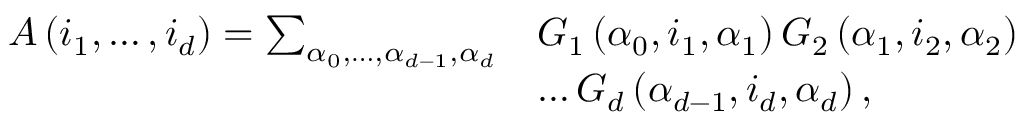
\begin{array} { r l } { A \left( i _ { 1 } , \ldots , i _ { d } \right) = \sum _ { \alpha _ { 0 } , \ldots , \alpha _ { d - 1 } , \alpha _ { d } } } & { G _ { 1 } \left( \alpha _ { 0 } , i _ { 1 } , \alpha _ { 1 } \right) G _ { 2 } \left( \alpha _ { 1 } , i _ { 2 } , \alpha _ { 2 } \right) } \\ & { \ldots G _ { d } \left( \alpha _ { d - 1 } , i _ { d } , \alpha _ { d } \right) , } \end{array}